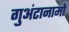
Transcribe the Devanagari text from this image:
गुअंटानामो